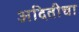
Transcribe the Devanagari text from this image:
अदितीचा